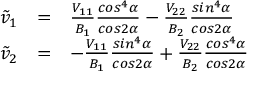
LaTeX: \begin{array} { r c l } { { \tilde { v } _ { 1 } } } & { { = } } & { { { \frac { V _ { 1 1 } } { B _ { 1 } } } { \frac { c o s ^ { 4 } \alpha } { c o s 2 \alpha } } - { \frac { V _ { 2 2 } } { B _ { 2 } } } { \frac { s i n ^ { 4 } \alpha } { c o s 2 \alpha } } } } \\ { { \tilde { v } _ { 2 } } } & { { = } } & { { - { \frac { V _ { 1 1 } } { B _ { 1 } } } { \frac { s i n ^ { 4 } \alpha } { c o s 2 \alpha } } + { \frac { V _ { 2 2 } } { B _ { 2 } } } { \frac { c o s ^ { 4 } \alpha } { c o s 2 \alpha } } } } \end{array}